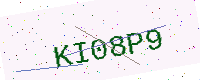
Text: KI08P9